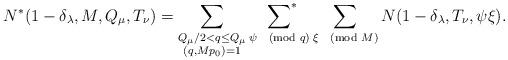
LaTeX: \begin{align*}N^*(1-\delta_\lambda,M,Q_\mu,T_\nu)=\sum_{\substack{Q_\mu/2<q\leq Q_\mu\\(q,Mp_0)=1}}\:\sideset{}{^*}\sum_{\psi\pmod{q}}\sum_{\xi\pmod{M}}N(1-\delta_\lambda,T_\nu,\psi\xi).\end{align*}